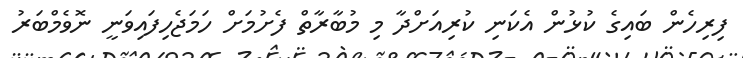
ފިރިހެން ބައިގެ ކުޅުން އެކަނި ކުރިއަށްދާ މި މުބާރާތް ފެށުމަށް ހަމަޖެހިފައިވަނީ ނޮވެމްބަރު